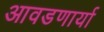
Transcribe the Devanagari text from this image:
आवडणार्या